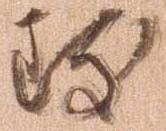
致